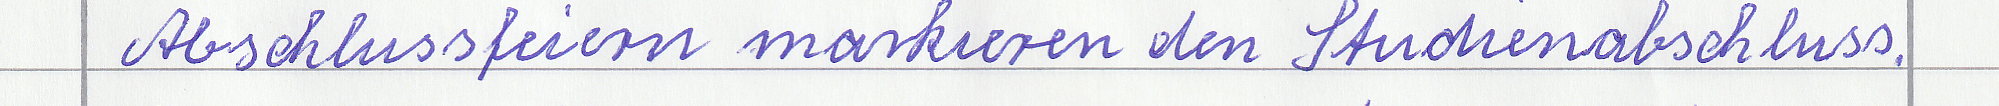
Abschlussfeiern markieren den Studienabschluss.